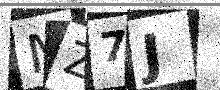
Text: MZ7J